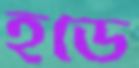
হডে